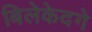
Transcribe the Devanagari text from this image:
बिलेकेदगे